Annual administration report of the Civil Veterinary Department of India - 1898-1899
Year: 1898
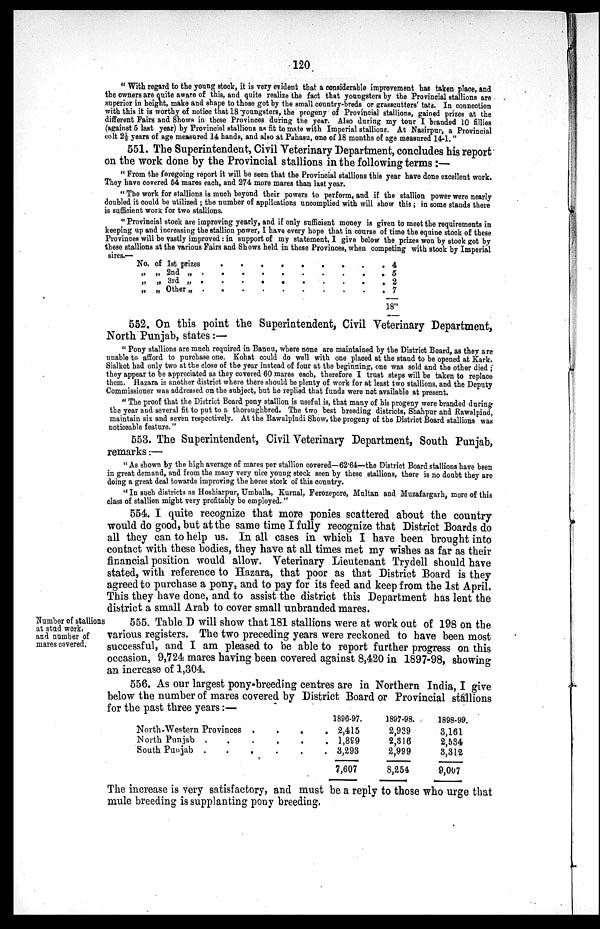
120
"With regard to the young stock, it is very evident that a considerable improvement has taken place, and
the owners are quite aware of this, and quite realize the fact that youngsters by the Provincial stallions are
superior in height, make and shape to those got by the small country-breds or grasscutters' tats. In connection
with this it is worthy of notice that 18 youngsters, the progeny of Provincial stallions, gained prizes at the
different Fairs and Shows in these Provinces during the year. Also during my tour I branded 10 fillies
(against 5 last year) by Provincial stallions as fit to mate with Imperial stallions. At Nasirpur, a Provincial
colt 2½ years of age measured 14 hands, and also at Pahasu, one of 18 months of age measured 14-1."
551. The Superintendent, Civil Veterinary Department, concludes his report
on the work done by the Provincial stallions in the following terms :—
"From the foregoing report it will be seen that the Provincial stallions this year have done excellent work.
They have covered 54 mares each, and 274 more mares than last year.
"The work for stallions is much beyond their powers to perform, and if the stallion power were nearly
doubled it could be utilized; the number of applications uncomplied with will show this ; in some stands there
is sufficient work for two stallions.
"Provincial stock are improving yearly, and if only sufficient money is given to meet the requirements in
keeping up and increasing the stallion power, I have every hope that in course of time the equine stock of these
Provinces will be vastly improved: in support of my statement, I give below the prizes won by stock got by
these stallions at the various Fairs and Shows held in these Provinces, when competing with stock by Imperial
sires.—
No. of 1st prizes
„
„
„
„
„
„
2nd „
3rd „
Other „
.
.
.
.
.
.
.
.
.
.
.
.
.
.
.
.
.
.
.
.
.
.
.
.
.
.
.
.
.
.
.
.
.
.
. 4
. 5
. 2
. 7
18"
552. On this point the Superintendent, Civil Veterinary Department,
North Punjab, states:—
"Pony stallions are much required in Bannu, where none are maintained by the District Board, as they are
unable to afford to purchase one. Kohat could do well with one placed at the stand to be opened at Kark.
Sialkot had only two at the close of the year instead of four at the beginning, one was sold and the other died;
they appear to be appreciated as they covered 60 mares each, therefore I trust steps will be taken to replace
them. Hazara is another district where there should be plenty of work for at least two stallions, and the Deputy
Commissioner was addressed on the subject, but he replied that funds were not available at present.
"The proof that the District Board pony stallion is useful is, that many of his progeny were branded during
the year and several fit to put to a thoroughbred. The two best breeding districts, Shahpur and Rawalpind,
maintain six and seven respectively. At the Rawalpindi Show, the progeny of the District Board stallions was
noticeable feature."
553. The Superintendent, Civil Veterinary Department, South Punjab,
remarks:—
"As shown by the high average of mares per stallion covered—62.64—the District Board stallions have been
in great demand, and from the many very nice young stock seen by these stallions, there is no doubt they are
doing a great deal towards improving the horse stock of this country.
"In such districts as Hoshiarpur, Umballa, Kurnal, Ferozepore, Multan and Muzafargarh, more of this
class of stallion might very profitably be employed. "
554. I quite recognize that more ponies scattered about the country
would do good, but at the same time I fully recognize that District Boards do
all they can to help us. In all cases in which I have been brought into
contact with these bodies, they have at all times met my wishes as far as their
financial position would allow. Veterinary Lieutenant Trydell should have
stated, with reference to Hazara, that poor as that District Board is they
agreed to purchase a pony, and to pay for its feed and keep from the 1st April.
This they have done, and to assist the district this Department has lent the
district a small Arab to cover small unbranded mares.
Number of stallions
at stud work,
and number of
mares covered.
555. Table D will show that 181 stallions were at work out of 198 on the
various registers. The two preceding years were reckoned to have been most
successful, and I am pleased to be able to report further progress on this
occasion, 9,724 mares having been covered against 8,420 in 1897-98, showing
an increase of 1,304.
556. As our largest pony-breeding centres are in Northern India, I give
below the number of mares covered by District Board or Provincial stallions
for the past three years:—
North-Western Provinces . . . .
North Punjab . . . . . .
South Punjab . . . . . .
1896-97.
2,415
1,899
3,293
7,607
1897-98.
2,939
2,316
2,999
8,254
1898-99.
3,161
2,534
3,312
9,007
The increase is very satisfactory, and must be a reply to those who urge that
mule breeding is supplanting pony breeding.